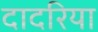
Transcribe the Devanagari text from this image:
दादरिया